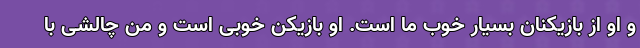
و او از بازیکنان بسیار خوب ما است. او بازیکن خوبی است و من چالشی با